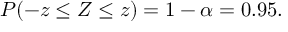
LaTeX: P ( - z \leq Z \leq z ) = 1 - \alpha = 0 . 9 5 .